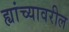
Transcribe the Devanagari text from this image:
ह्यांच्यावरील